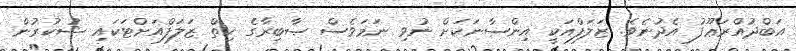
އަބްދުއްރަޢޫފު އެދުނެވެ. ޒަލަފްއަކީ އިންސާނަކަށް ނުވި ނަމަވެސް ޞާބިރާގެ ހިތް ޒަލަފްއަށްޓަކައި ޝުކުރުން